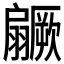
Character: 𱻥